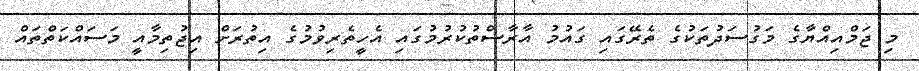
މި ޖަމްއިއްޔާގެ މަގުސަދުތަކުގެ ތެރޭގައި ގައުމު އާރާސްތުކުރުމުގައި އެހީތެރިވުމުގެ އިތުރަށް އިޖުތިމާއީ މަސައްކަތްތައް